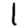
Digit: 1